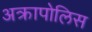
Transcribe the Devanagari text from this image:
अक्रापोलिस